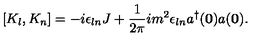
[ K _ { l } , K _ { n } ] = - i \epsilon _ { l n } J + \frac { 1 } { 2 \pi } i m ^ { 2 } \epsilon _ { l n } a ^ { \dagger } ( { \bf 0 } ) a ( { \bf 0 } ) .